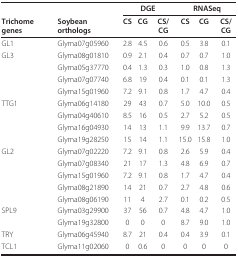
<table><thead><tr><td></td><td></td><td colspan="3"><b>DGE</b></td><td colspan="3"><b>RNASeq</b></td></tr><tr><td><b>Trichome genes</b></td><td><b>Soybean orthologs</b></td><td><b>CS</b></td><td><b>CG</b></td><td><b>CS/CG</b></td><td><b>CS</b></td><td><b>CG</b></td><td><b>CS/CG</b></td></tr></thead><tbody><tr><td>GL1</td><td>Glyma07g05960</td><td>2.8</td><td>4.5</td><td>0.6</td><td>0.5</td><td>3.8</td><td>0.1</td></tr><tr><td>GL3</td><td>Glyma08g01810</td><td>0.9</td><td>2.1</td><td>0.4</td><td>0.7</td><td>0.7</td><td>1.0</td></tr><tr><td></td><td>Glyma05g37770</td><td>0.4</td><td>1.3</td><td>0.3</td><td>1.0</td><td>0.8</td><td>1.3</td></tr><tr><td></td><td>Glyma07g07740</td><td>6.8</td><td>19</td><td>0.4</td><td>0.1</td><td>0.1</td><td>1.3</td></tr><tr><td></td><td>Glyma15g01960</td><td>7.2</td><td>9.1</td><td>0.8</td><td>1.7</td><td>4.7</td><td>0.4</td></tr><tr><td>TTG1</td><td>Glyma06g14180</td><td>29</td><td>43</td><td>0.7</td><td>5.0</td><td>10.0</td><td>0.5</td></tr><tr><td></td><td>Glyma04g40610</td><td>8.5</td><td>16</td><td>0.5</td><td>2.7</td><td>5.2</td><td>0.5</td></tr><tr><td></td><td>Glyma16g04930</td><td>14</td><td>13</td><td>1.1</td><td>9.9</td><td>13.7</td><td>0.7</td></tr><tr><td></td><td>Glyma19g28250</td><td>15</td><td>14</td><td>1.1</td><td>15.0</td><td>15.8</td><td>1.0</td></tr><tr><td>GL2</td><td>Glyma07g02220</td><td>7.2</td><td>9.1</td><td>0.8</td><td>2.6</td><td>5.9</td><td>0.4</td></tr><tr><td></td><td>Glyma07g08340</td><td>21</td><td>17</td><td>1.3</td><td>4.8</td><td>6.9</td><td>0.7</td></tr><tr><td></td><td>Glyma15g01960</td><td>7.2</td><td>9.1</td><td>0.8</td><td>1.7</td><td>4.7</td><td>0.4</td></tr><tr><td></td><td>Glyma08g21890</td><td>14</td><td>21</td><td>0.7</td><td>2.7</td><td>4.8</td><td>0.6</td></tr><tr><td></td><td>Glyma08g06190</td><td>11</td><td>4</td><td>2.7</td><td>0.1</td><td>0.2</td><td>0.5</td></tr><tr><td>SPL9</td><td>Glyma03g29900</td><td>37</td><td>56</td><td>0.7</td><td>4.8</td><td>4.7</td><td>1.0</td></tr><tr><td></td><td>Glyma19g32800</td><td>0</td><td>0</td><td>0</td><td>8.7</td><td>9.0</td><td>1.0</td></tr><tr><td>TRY</td><td>Glyma06g45940</td><td>8.7</td><td>21</td><td>0.4</td><td>0.4</td><td>3.9</td><td>0.1</td></tr><tr><td>TCL1</td><td>Glyma11g02060</td><td>0</td><td>0.6</td><td>0</td><td>0</td><td>0</td><td>0</td></tr></tbody></table>